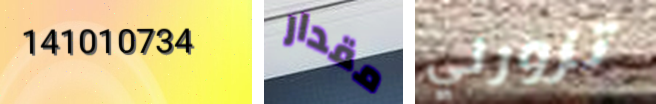
141010734 مقدار تزورني